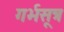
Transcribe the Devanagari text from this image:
गर्भसूत्र